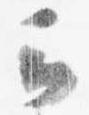
云